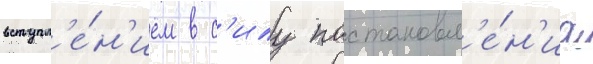
вступл'е́н'ием в с'илу постановл'е́н'иа